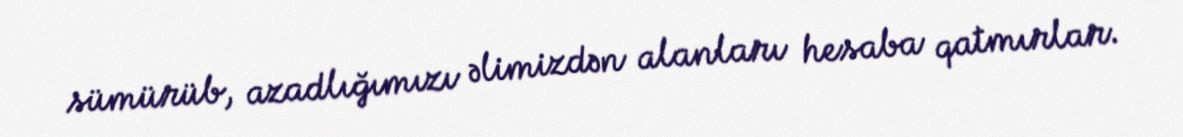
sümürüb, azadlığımızı əlimizdən alanları hesaba qatmırlar.